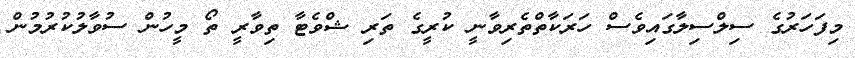
މިފަހަރުގެ ސިލްސިލާގައިވެސް ހަރަކާތްތެރިވާނީ ކުރީގެ ތަރި ޝްވެޓާ ތިވާރީ ތޯ މީހުން ސުވާލުކުރުމުން